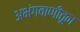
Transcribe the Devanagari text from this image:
अभंगवाणीतून